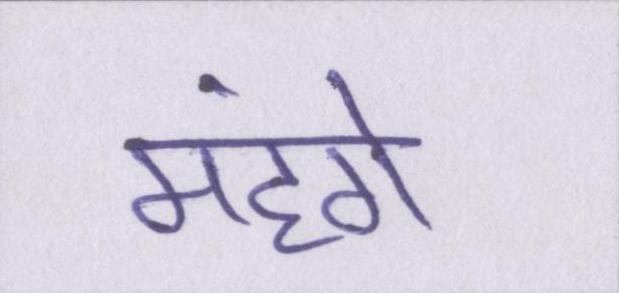
महंगे